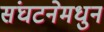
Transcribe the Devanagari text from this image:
संघटनेमधुन